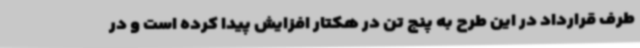
طرف قرارداد در این طرح به پنج تن در هکتار افزایش پیدا کرده است و در